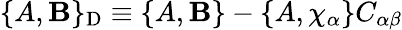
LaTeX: \{ A,\mathbf{B}\} _{\mathrm{{D}}}\equiv\{ A,\mathbf{B}\} -\{ A,\chi_{\alpha}\} C_{\alpha\beta}